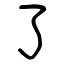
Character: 了